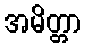
အမိတ္တာ